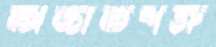
অজাতশত্রু